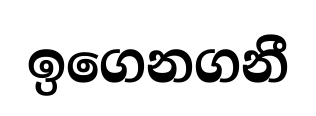
ඉගෙනගනී